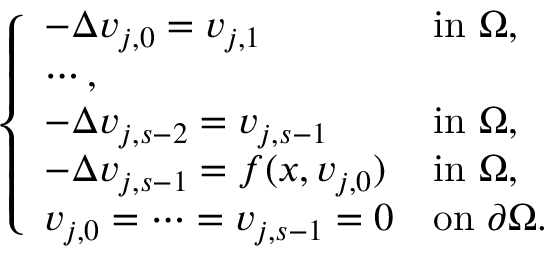
\left\{ \begin{array} { l l } { - \Delta v _ { j , 0 } = v _ { j , 1 } \ \ \ \ \ \ \ \ \ \ } & { \mathrm { i n } \, \, \Omega , } \\ { \cdots , } \\ { - \Delta v _ { j , s - 2 } = v _ { j , s - 1 } } & { \mathrm { i n } \, \, \Omega , } \\ { - \Delta v _ { j , s - 1 } = f ( x , v _ { j , 0 } ) } & { \mathrm { i n } \, \, \Omega , } \\ { v _ { j , 0 } = \cdots = v _ { j , s - 1 } = 0 } & { \mathrm { o n } \, \, \partial \Omega . } \end{array} \right.